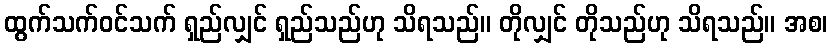
ထွက်သက်ဝင်သက် ရှည်လျှင် ရှည်သည်ဟု သိရသည်။ တိုလျှင် တိုသည်ဟု သိရသည်။ အစ၊